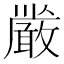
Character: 𭤏